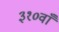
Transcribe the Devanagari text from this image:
३१०वाँ